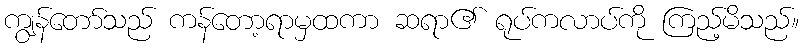
ကျွန်တော်သည် ကန်တော့ရာမှထကာ ဆရာ၏ ရုပ်ကလာပ်ကို ကြည့်မိသည်။